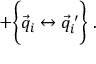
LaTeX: + \biggl \{ \vec { q } _ { i } \leftrightarrow \vec { q } _ { i } ^ { \: \prime } \biggr \} \; .